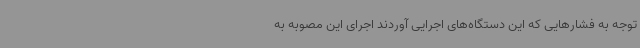
توجه به فشارهایی که این دستگاه‌های اجرایی آوردند اجرای این مصوبه به